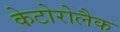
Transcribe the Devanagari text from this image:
केटोरोलैक